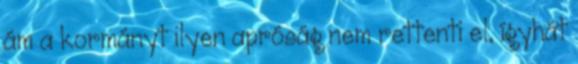
ám a kormányt ilyen apróság nem rettenti el, ígyhát